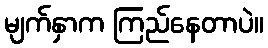
မျက်နှာက ကြည်နေတာပဲ။